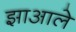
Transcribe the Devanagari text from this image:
झाआले